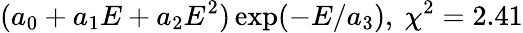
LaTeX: (a_{0}+a_{1}E+a_{2}E^{2})\exp(-E/a_{3}),\ \chi^{2}=2.41